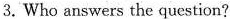
3.Who answers the question?